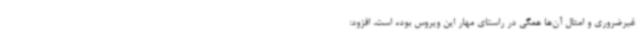
غیرضروری و امثال آن‌ها همگی در راستای مهار این ویروس بوده است، افزود: